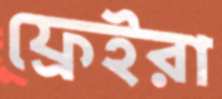
ফ্রেইরা